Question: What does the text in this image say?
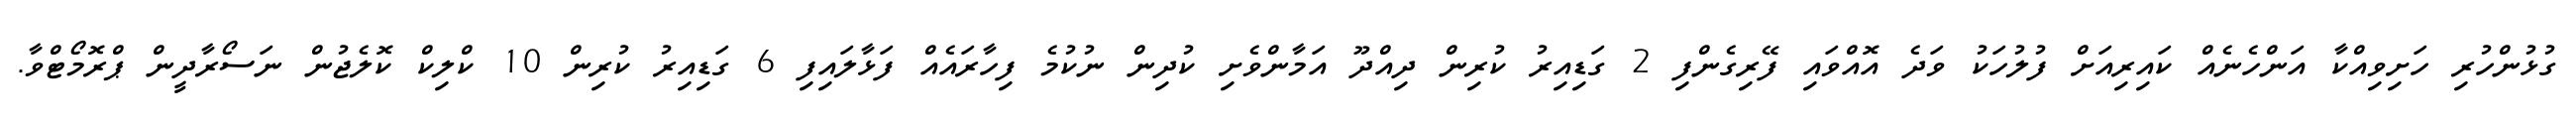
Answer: ގުޅުންހުރި ހަށިވިއްކާ އަންހެނެއް ކައިރިއަށް ފުލުހަކު ވަދެ އޮއްވައި ފޭރިގެންފި 2 ގަޑިއިރު ކުރިން ދިއްދޫ އަމާންވެށި ކުދިން ނުކުމެ ފިހާރައެއް ފަޅާލައިފި 6 ގަޑިއިރު ކުރިން 10 ކްލިކް ކޮލެޖުން ނަސޯރާދީން ޕްރޮމޯޓްވާ.